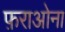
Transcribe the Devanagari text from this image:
फ़राओना